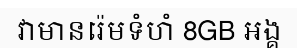
វាមានរ៉េមទំហំ 8GB អង្គ